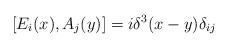
LaTeX: \begin{align*}[E_i(x), A_j(y)]=i\delta^3(x-y)\delta_{ij}\end{align*}